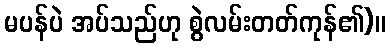
မပန်ပဲ အပ်သည်ဟု စွဲလမ်းတတ်ကုန်၏)။